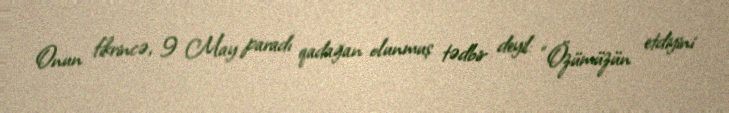
Onun fikrincə, 9 May paradı qadağan olunmuş tədbir deyil: “Özümüzün etdiyini